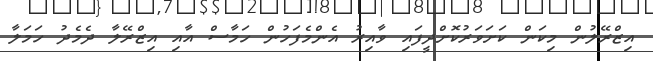
އިޒްރޭލުން މިކަން ކަށަވަރުކޮށްދީފައި ވާއިރު އެންމެފަހުން ހަމާސް އާއި އިޒްރޭލާ ދެމެދު ހަމަލާ